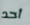
أحد